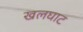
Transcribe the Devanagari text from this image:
खलघाट